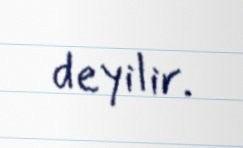
deyilir.